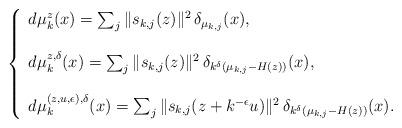
LaTeX: \begin{align*} \left\{ \begin{array}{l} d \mu_k^z (x) = \sum_{j} \|s_{k,j}(z)\|^2 \,\delta_{\mu_{k,j}}(x), \\ \\ d \mu_k^{z,\delta} (x) = \sum_{j} \|s_{k,j}(z)\|^2 \,\delta_{k^{\delta}(\mu_{k,j}-H(z))}(x), \\ \\ d \mu_k^{(z, u, \epsilon), \delta} (x) = \sum_{j} \|s_{k,j}(z+k^{-\epsilon} u)\|^2 \,\delta_{k^{\delta}(\mu_{k,j}-H(z))}(x). \end{array} \right. \end{align*}